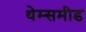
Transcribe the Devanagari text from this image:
थेम्समीड